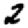
Digit: 2